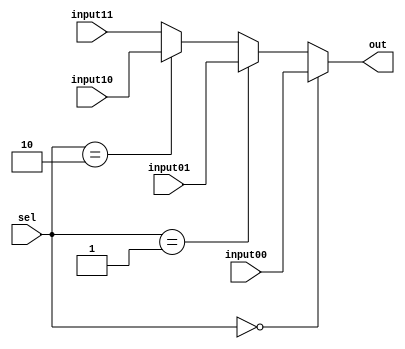

module MUX4to1 #(
    parameter N = 32
)(
    input [N-1:0] input00, input01, input10, input11,
    input [1:0] sel,
    output [N-1:0] out
);
    assign out = (sel == 2'b00) ? input00 :
                 (sel == 2'b01) ? input01 :
                 (sel == 2'b10) ? input10 : input11;
endmodule